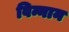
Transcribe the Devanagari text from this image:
विन्नान